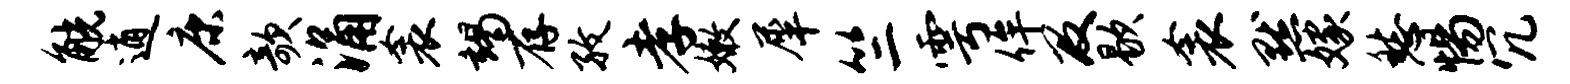
觥逍康欹涌衾竭存孜孝嫩犀竺雩侔及歇衾默嫁愁惕冗